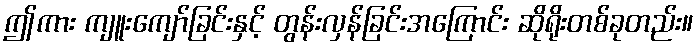
ဤကား ကျူးကျော်ခြင်းနှင့် တွန်းလှန်ခြင်းအကြောင်း ဆိုရိုးတစ်ခုတည်း။